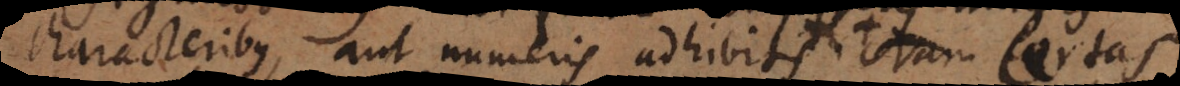
characteribus, aut numeris adhibitis. Quorum illu